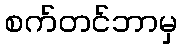
စက်တင်ဘာမှ